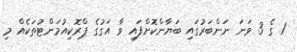
1 ގެ 3 ވަނަ ނަންބަރުގައި ބަޔާންކޮށްފައި ވާ އަގުގެ ޕްރޮކިއުމަންޓުތަކެއް މި